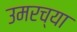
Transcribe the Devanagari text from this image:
उमरच्या